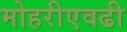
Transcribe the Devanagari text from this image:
मोहरीएवढी